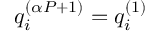
q _ { i } ^ { ( \alpha P + 1 ) } = q _ { i } ^ { ( 1 ) }